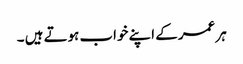
ہر عمر کے اپنے خواب ہوتے ہیں ۔